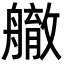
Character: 䒆